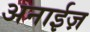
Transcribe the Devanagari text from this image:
अनाईज़